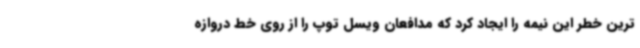
ترین خطر این نیمه را ایجاد کرد که مدافعان ویسل توپ را از روی خط دروازه